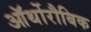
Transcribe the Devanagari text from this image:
ऑर्थोरौबिक